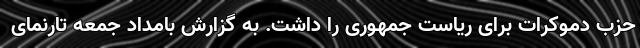
حزب دموکرات برای ریاست جمهوری را داشت. به گزارش بامداد جمعه تارنمای